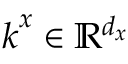
\boldsymbol { k } ^ { x } \in \mathbb { R } ^ { d _ { x } }